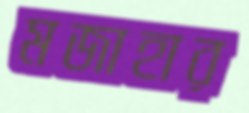
মজাহার